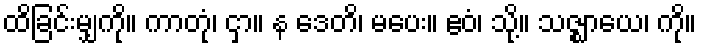
ထိခြင်းမျှကို။ ကာတုံ၊ ငှာ။ န ဒေတိ၊ မပေး။ ဧဝံ၊ သို့။ သဇ္ဈာယေ၊ ကို။